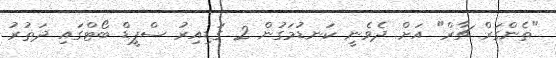
"ތެންގަރް ޗާރް" އަށް ދެވެނީ ކަނޑުމަގުން 2 ގަޑިއިރު ސްޕީޑް ބޯޓްގައި ދަތުރު